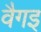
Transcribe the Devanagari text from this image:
वैगइ